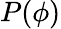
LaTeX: P(\phi)